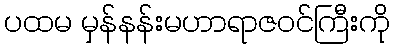
ပထမ မှန်နန်းမဟာရာဇဝင်ကြီးကို